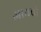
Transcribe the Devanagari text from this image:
आमचो